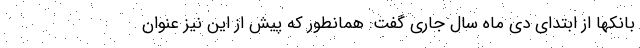
بانکها از ابتدای دی ماه سال جاری گفت: همانطور که پیش از این نیز عنوان